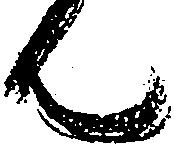
ん